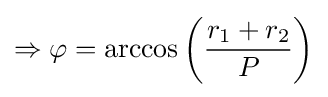
\Rightarrow \varphi =\arccos \left({\frac {r_{1}+r_{2}}{P}}\right)\,\!